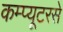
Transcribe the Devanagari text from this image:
कम्प्यूटरसे